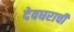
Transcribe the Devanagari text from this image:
देवघराची